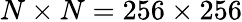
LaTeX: N\times N=256\times 256